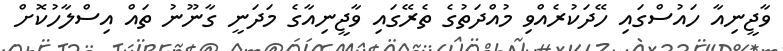
ވާޖީނިއާ ހައުސްގައި ހޭދަކުރެއްވި މުއްދަތުގެ ތެރޭގައި ވާޖީނިއާގެ މަދަނީ ގާނޫނު ތައް އިސްލާހުކޮށް